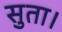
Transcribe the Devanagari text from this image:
सुता।